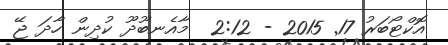
އޮކްޓޯބަރު 17